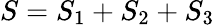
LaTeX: S=S_{1}+S_{2}+S_{3}